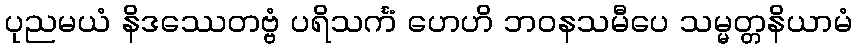
ပုညမယံ နိဒဿေတဗ္ဗံ ပရိသင်္ကံ ဟေဟိ ဘဝနသမီပေ သမ္မတ္တနိယာမံ